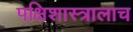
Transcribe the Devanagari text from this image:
पक्षिशास्त्रालाच